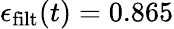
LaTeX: \epsilon_{\mathrm{filt}}(t)=0.865